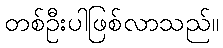
တစ်ဦးပါဖြစ်လာသည်။